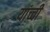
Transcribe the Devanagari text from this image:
यांच्ची